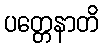
ပတ္တေနာတိ